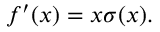
f ^ { \prime } ( x ) = x \sigma ( x ) .